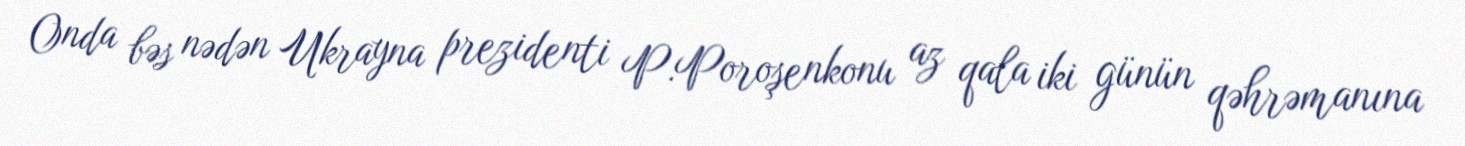
Onda bəs nədən Ukrayna prezidenti P.Poroşenkonu az qala iki günün qəhrəmanına